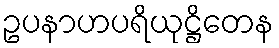
ဥပနာဟပရိယုဋ္ဌိတေန